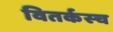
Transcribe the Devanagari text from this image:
वितर्कस्च